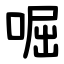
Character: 啒